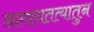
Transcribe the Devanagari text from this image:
लागतातत्यातुन